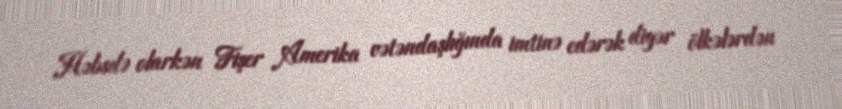
Həbsdə olarkən Fişer Amerika vətəndaşlığında imtinə edərək digər ölkələrdən